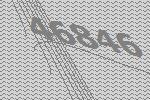
46846